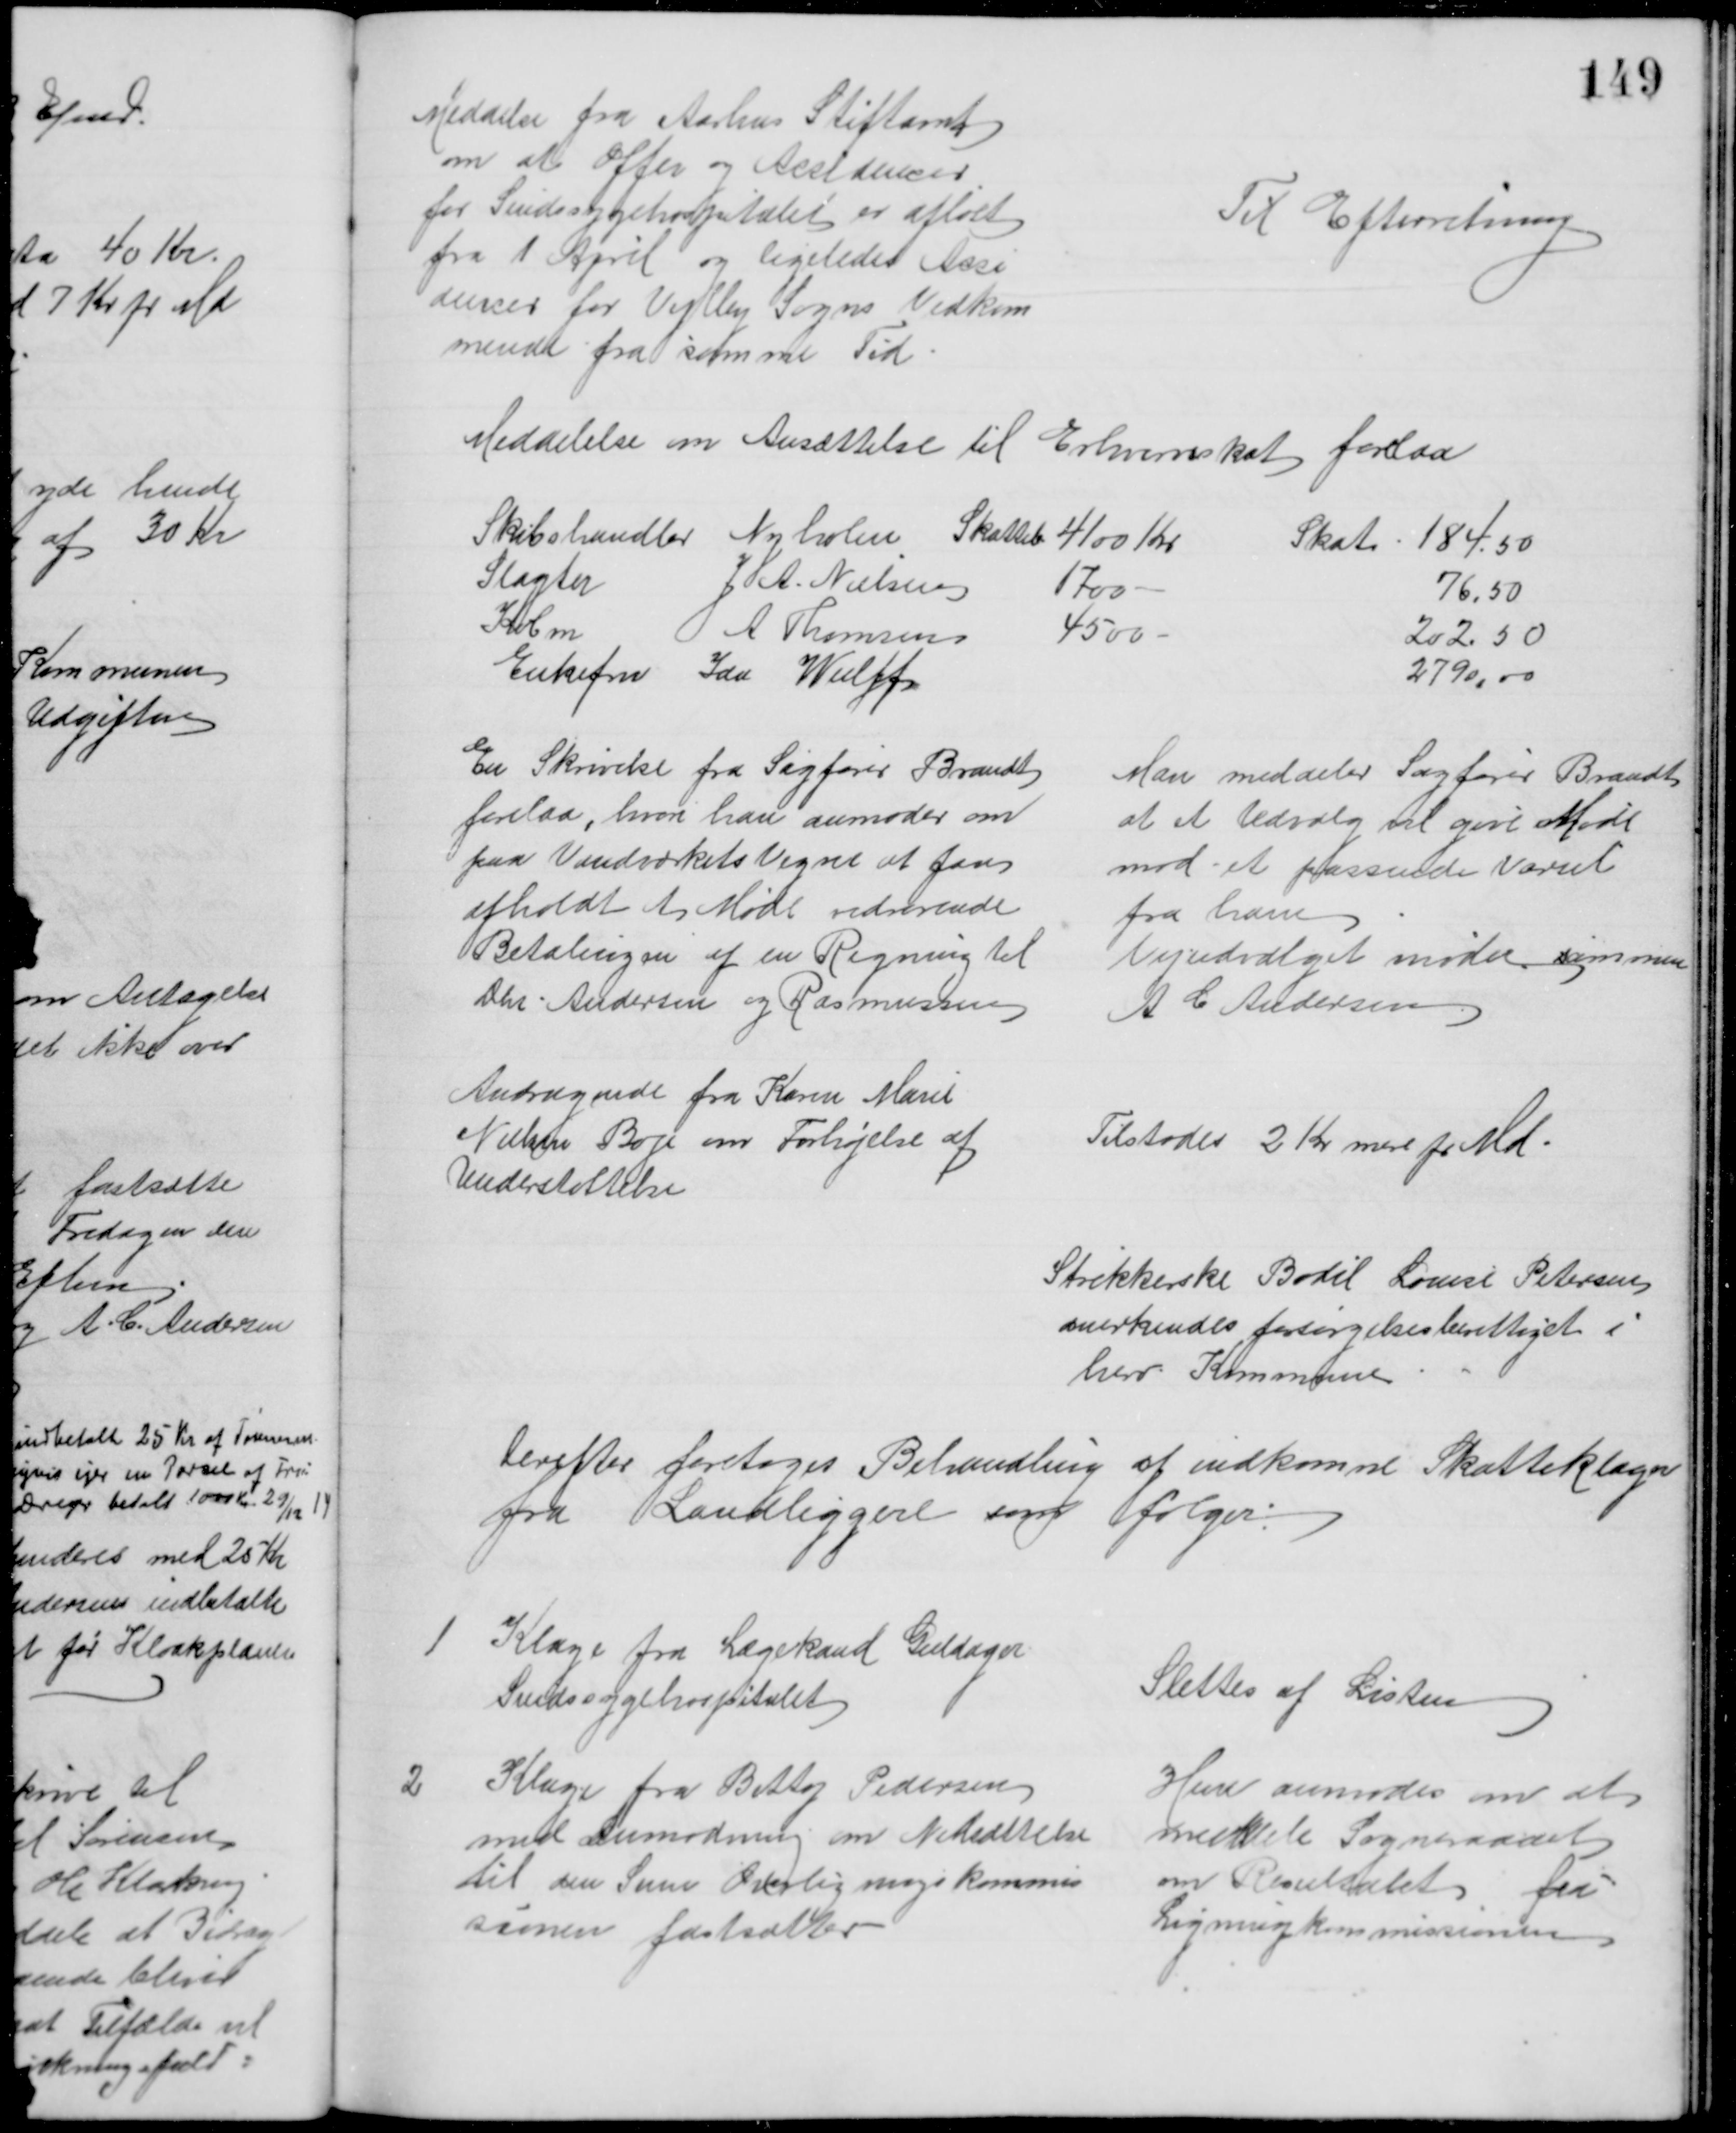
Transskription:
Meddelse fra Aarhus Stiftamt
om at Offer og Accidencer
for Sindssygehospitalet er afløst
fra 1 April og ligeledes Acci
dencer for Vejlby Sogns Vedkom
mende fra samme Tid
Til Efterretning
Meddelelse om Ansættelse til Erhvervsskat forelaa
Skibshandler Nyholm, Skatteb 4100 Kr
Skat 18,50
Slagter
J. A. Nielsen
1700
76,50
Købm
 A Thomsen
4500 
202,50
Enkefru Ida Wulff
2790,00
En Skrivelse fra Sagfører Brandt
forelaa, hvori han anmoder om
paa Vandværkets Vegne at faa
afholdt et Møde vedrørende
Betalingen af en Regning til
Chr Andersen og Rasmussen
Man meddeler Sagfører Brandt
at et Udvalg vil give Møde
mod et passende Varsel
fra ham
Vejudvalget møder sammen
A. C Andersen
Andragende fra Karen Marie
Nielsen Boje om Forhøjelse af
Understøttelse
Tilstodes 2 Kr mere pr Md
Strikkerske Bodil Louise Petersen
anerkendes forsørgelsesberettiget i
herv. Kommune
Derefter foretoges Behandling af indkomne Skatteklager
fra Landliggere som ifølger:
1 
Klage fra Lægekand Guldager
Sindssygehospitalet
Slettes af Listen
2 
Klage fra Betty Pedersen
med Anmodning om Nedsættelse
til den Sum Overligningskommis
sionen fastsætter
Hun anmodes om at
meddele Sogneraadet
om Resultatet fra
Ligningkommissionen